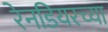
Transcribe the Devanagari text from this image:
रेनडियरच्या